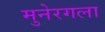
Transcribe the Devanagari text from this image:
मुनेरगला